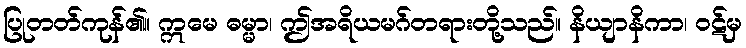
ပြုတတ်ကုန်၏။ ဣမေ ဓမ္မာ၊ ဤအရိယမဂ်တရားတို့သည်။ နိယျာနိကာ၊ ဝဋ်မှ